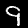
Label: 9